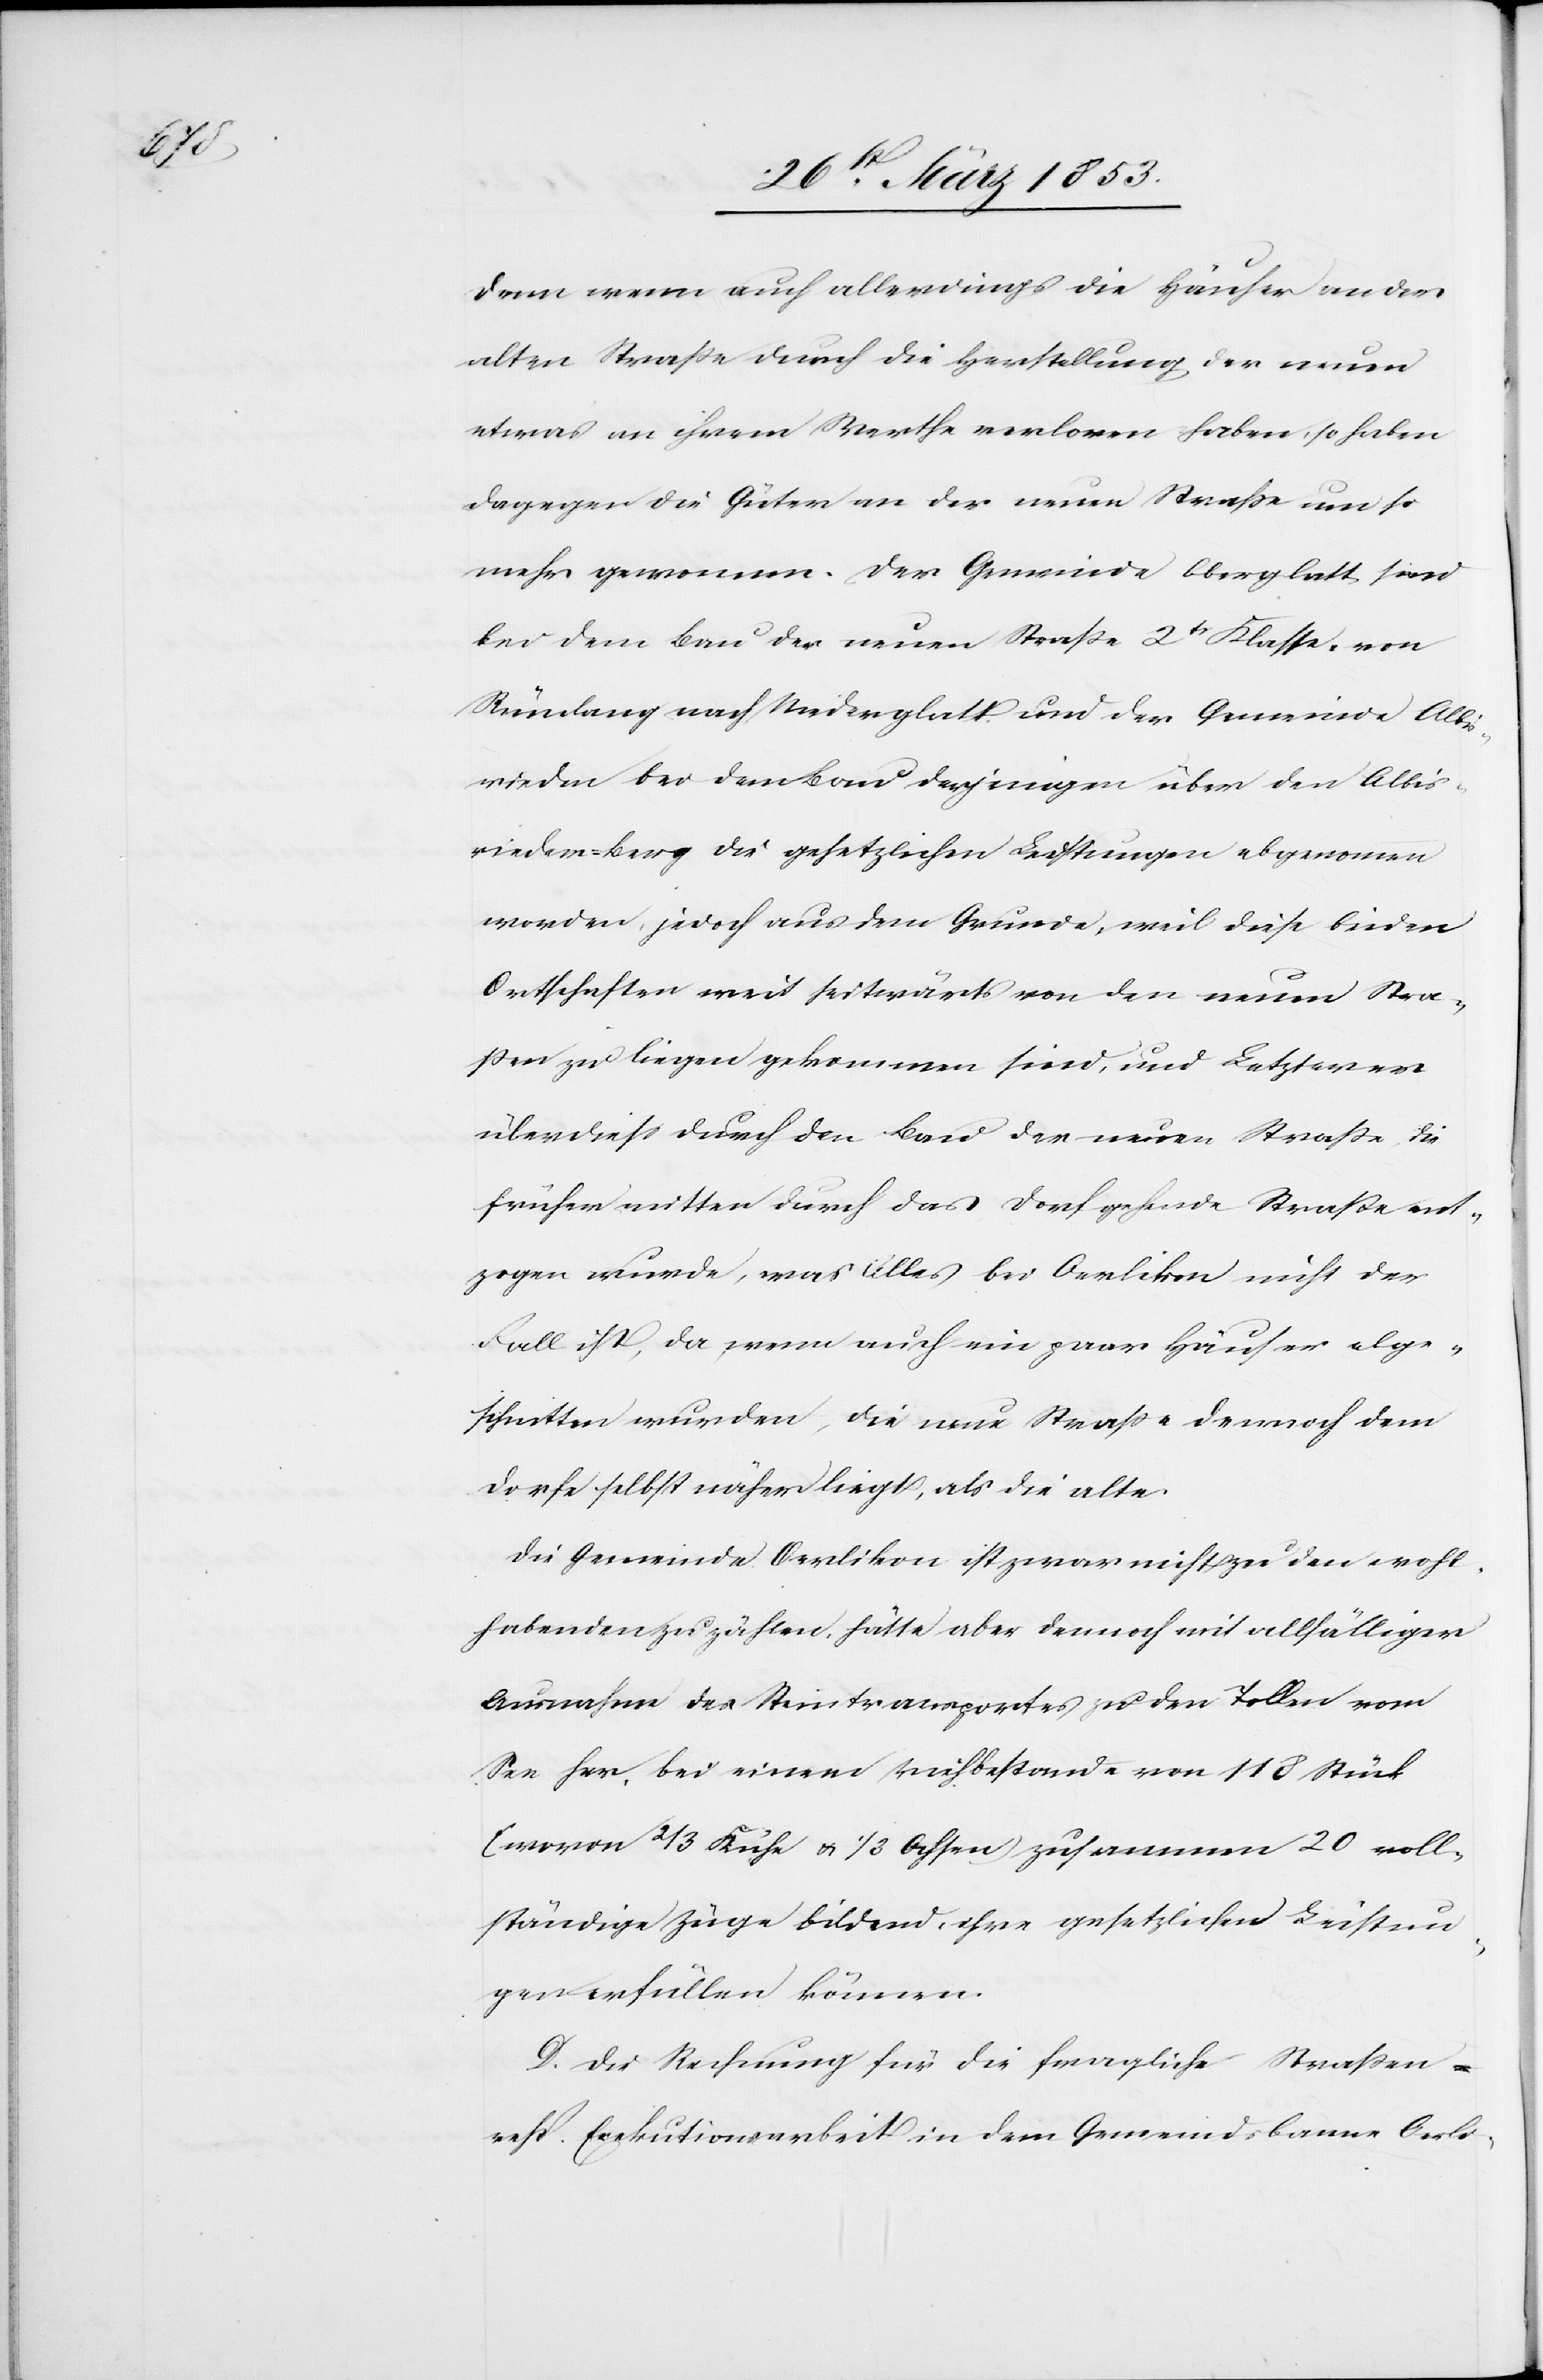
denn wenn auch allerdings die Häuser an der
alten Straße durch die Herstellung der neuen
etwas an ihrem Werthe verloren haben, so haben
dagegen die Güter an der neuen Straße um so
mehr gewonnen. Der Gemeinde Oberglatt sind
bei dem Bau der neuen Straße 2tr. Klaße von
Rümlang nach Niederglatt und der Gemeinde Albis¬
rieden bei dem Bau derjenigen über den Albis¬
rieder-Berg die gesetzlichen Leistungen abgenommen
worden, jedoch aus dem Grunde, weil diese beiden
Ortschaften weit seitwärts von den neuen Stra¬
ßen zu liegen gekommen sind, und Letzterer
überdieß durch den Bau der neuen Straße, die
früher mitten durch das Dorf gehende Straße ent¬
zogen wurde, was Alles bei Oerlikon nicht der
Fall ist, da wenn auch ein paar Häuser abge¬
schnitten wurden, die neue Straße dennoch dem
Dorfe selbst näher liegt, als die alte.
Die Gemeinde Oerlikon ist zwar nicht zu den wohl¬
habenden zu zählen, hätte aber dennoch mit allfälliger
Ausnahme des Steintransportes, zu den Tollen vom
See her, bei einem Viehbestande von 118 Stück
(wovon 2/3 Kühe u. 1/3 Ochsen) zusammen 20 voll¬
ständige Züge bildend, ihre gesetzlichen Leistun¬
gen erfüllen können.
D. Die Rechnung für die fragliche Straßen-
resp. Executionsarbeit in dem Gemeindsbanne Oerli-